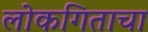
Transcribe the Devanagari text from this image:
लोकगिताचा